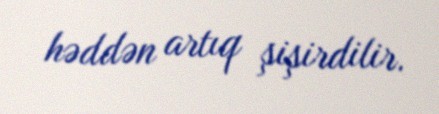
həddən artıq şişirdilir.